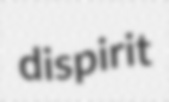
dispirit